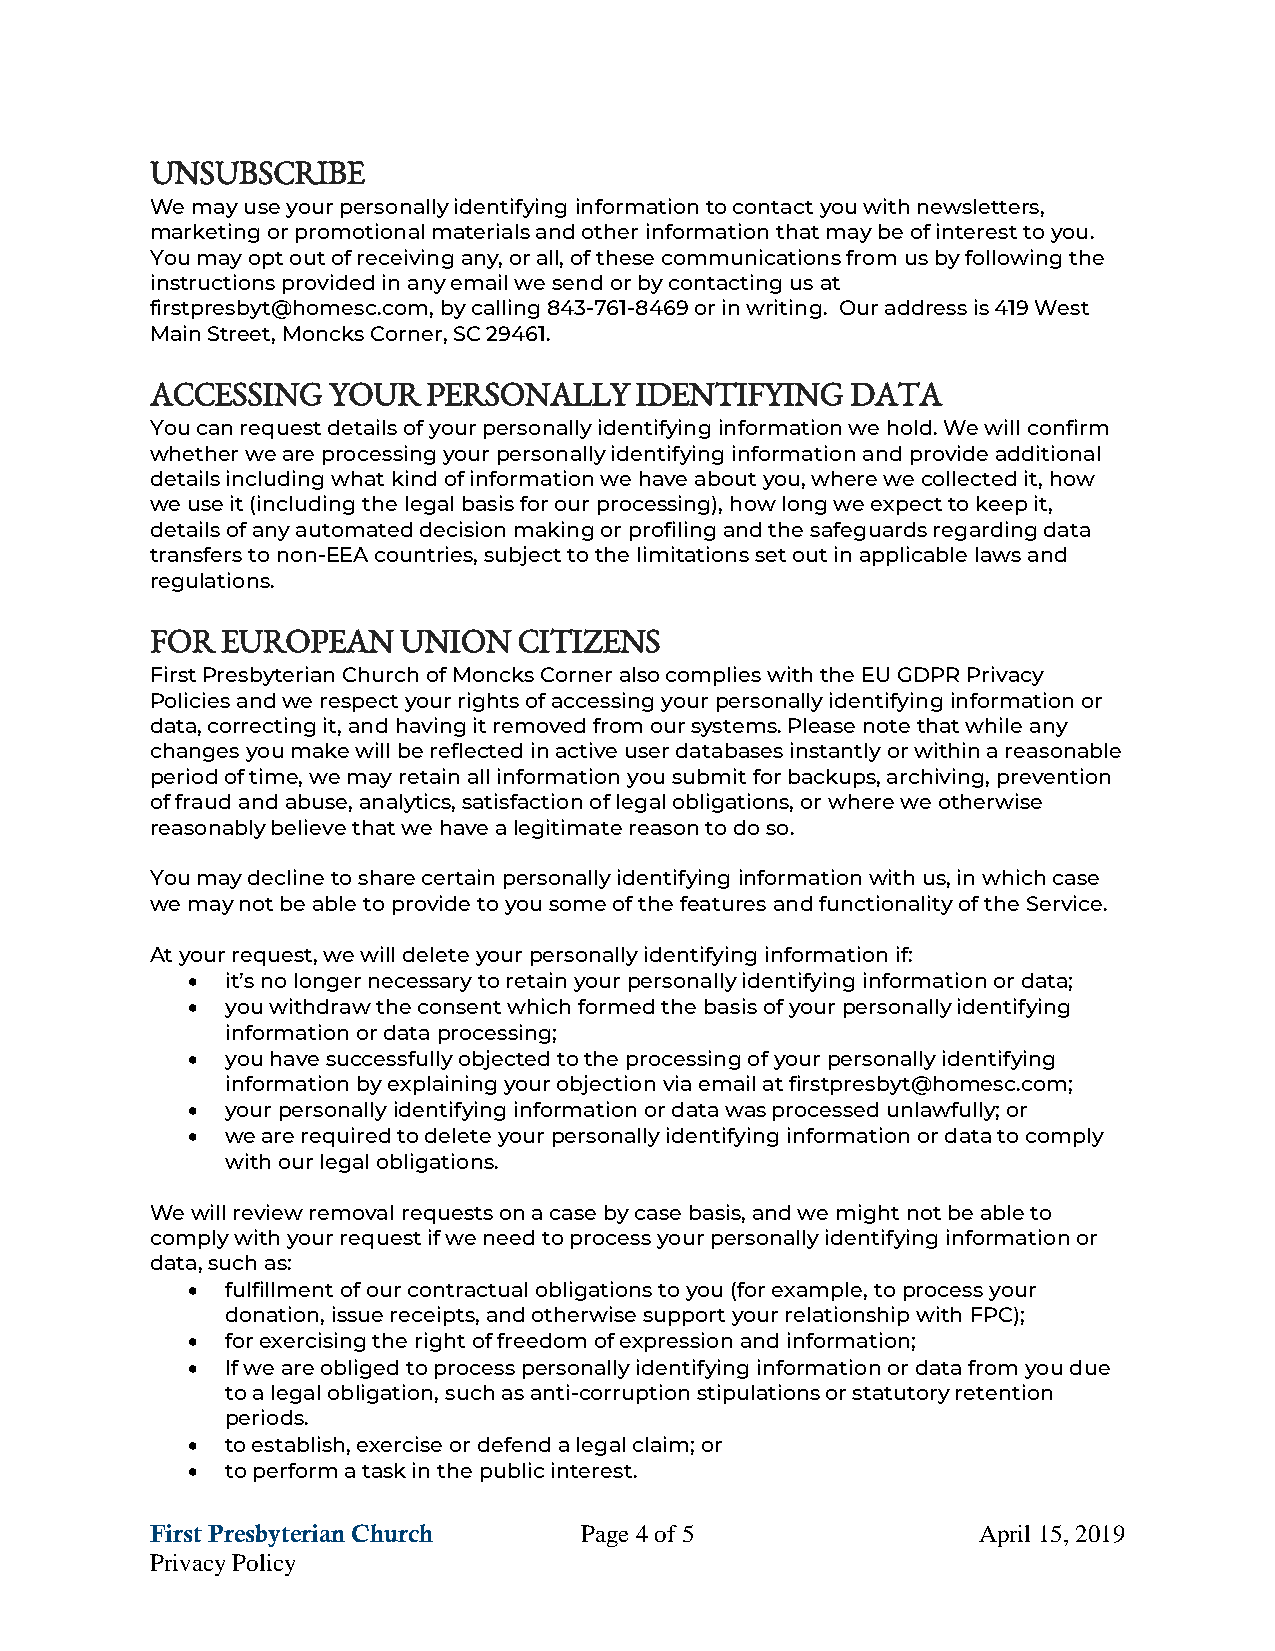
UNSUBSCRIBE
 We may use your personally identifying information to contact you with newsletters,
 marketing or promotional materials and other information that may be of interest to you.
 You may opt out of receiving any, or all, of these communications from us by following the
 instructions provided in any email we send or by contacting us at
 firstpresbyt@homesc.com, by calling 843-761-8469 or in writing. Our address is 419 West
 Main Street, Moncks Corner, SC 29461.
 ACCESSING   YOUR  PERSONALLY    IDENTIFYING   DATA
 You can request details of your personally identifying information we hold. We will confirm
 whether we are processing your personally identifying information and provide additional
 details including what kind of information we have about you, where we collected it, how
 we use it (including the legal basis for our processing), how long we expect to keep it,
 details of any automated decision making or profiling and the safeguards regarding data
 transfers to non-EEA countries, subject to the limitations set out in applicable laws and
 regulations.
 FOR  EUROPEAN   UNION   CITIZENS
 First Presbyterian Church of Moncks Corner also complies with the EU GDPR Privacy
 Policies and we respect your rights of accessing your personally identifying information or
 data, correcting it, and having it removed from our systems. Please note that while any
 changes you make will be reflected in active user databases instantly or within a reasonable
 period of time, we may retain all information you submit for backups, archiving, prevention
 of fraud and abuse, analytics, satisfaction of legal obligations, or where we otherwise
 reasonably believe that we have a legitimate reason to do so.
 You may decline to share certain personally identifying information with us, in which case
 we may not be able to provide to you some of the features and functionality of the Service.
 At your request, we will delete your personally identifying information if:
 •  it’s no longer necessary to retain your personally identifying information or data;
 •  you withdraw the consent which formed the basis of your personally identifying
 information or data processing;
 •  you have successfully objected to the processing of your personally identifying
 information by explaining your objection via email at firstpresbyt@homesc.com;
 •  your personally identifying information or data was processed unlawfully; or
 •  we are required to delete your personally identifying information or data to comply
 with our legal obligations.
 We will review removal requests on a case by case basis, and we might not be able to
 comply with your request if we need to process your personally identifying information or
 data, such as:
 •  fulfillment of our contractual obligations to you (for example, to process your
 donation, issue receipts, and otherwise support your relationship with FPC);
 •  for exercising the right of freedom of expression and information;
 •  If we are obliged to process personally identifying information or data from you due
 to a legal obligation, such as anti-corruption stipulations or statutory retention
 periods.
 •  to establish, exercise or defend a legal claim; or
 •  to perform a task in the public interest.
 First Presbyterian Church   Page 4 of 5                April 15, 2019
 Privacy Policy